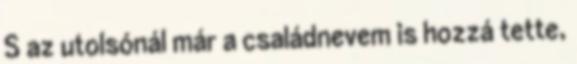
S az utolsónál már a családnevem is hozzá tette,